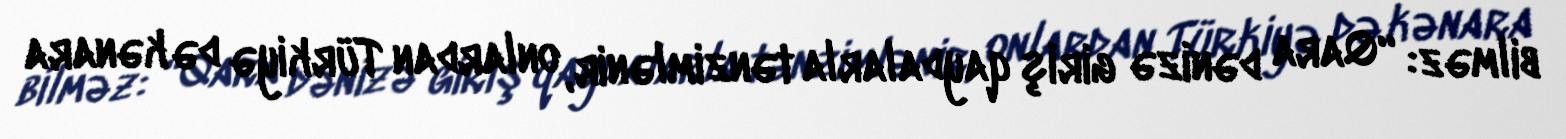
bilməz: “Qara dənizə giriş qaydalarla tənzimlənir, onlardan Türkiyə də kənara